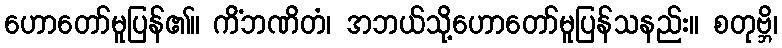
ဟောတော်မူပြန်၏။ ကိံဘဏိတံ၊ အဘယ်သို့ဟောတော်မူပြန်သနည်း။ စတုဗ္ဘိ၊